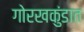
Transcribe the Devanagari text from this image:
गोरखकुंडात